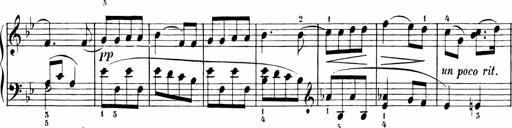
Title: 6 Liedersonatinen
Composer: Carl Reinecke